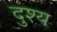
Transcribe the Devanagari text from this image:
दुश्‍य